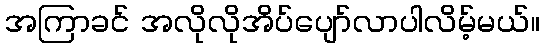
အကြာခင် အလိုလိုအိပ်ပျော်လာပါလိမ့်မယ်။